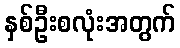
နှစ်ဦးစလုံးအတွက်